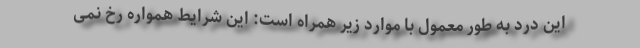
این درد به طور معمول با موارد زیر همراه است: این شرایط همواره رخ نمی